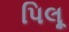
પિલૂ